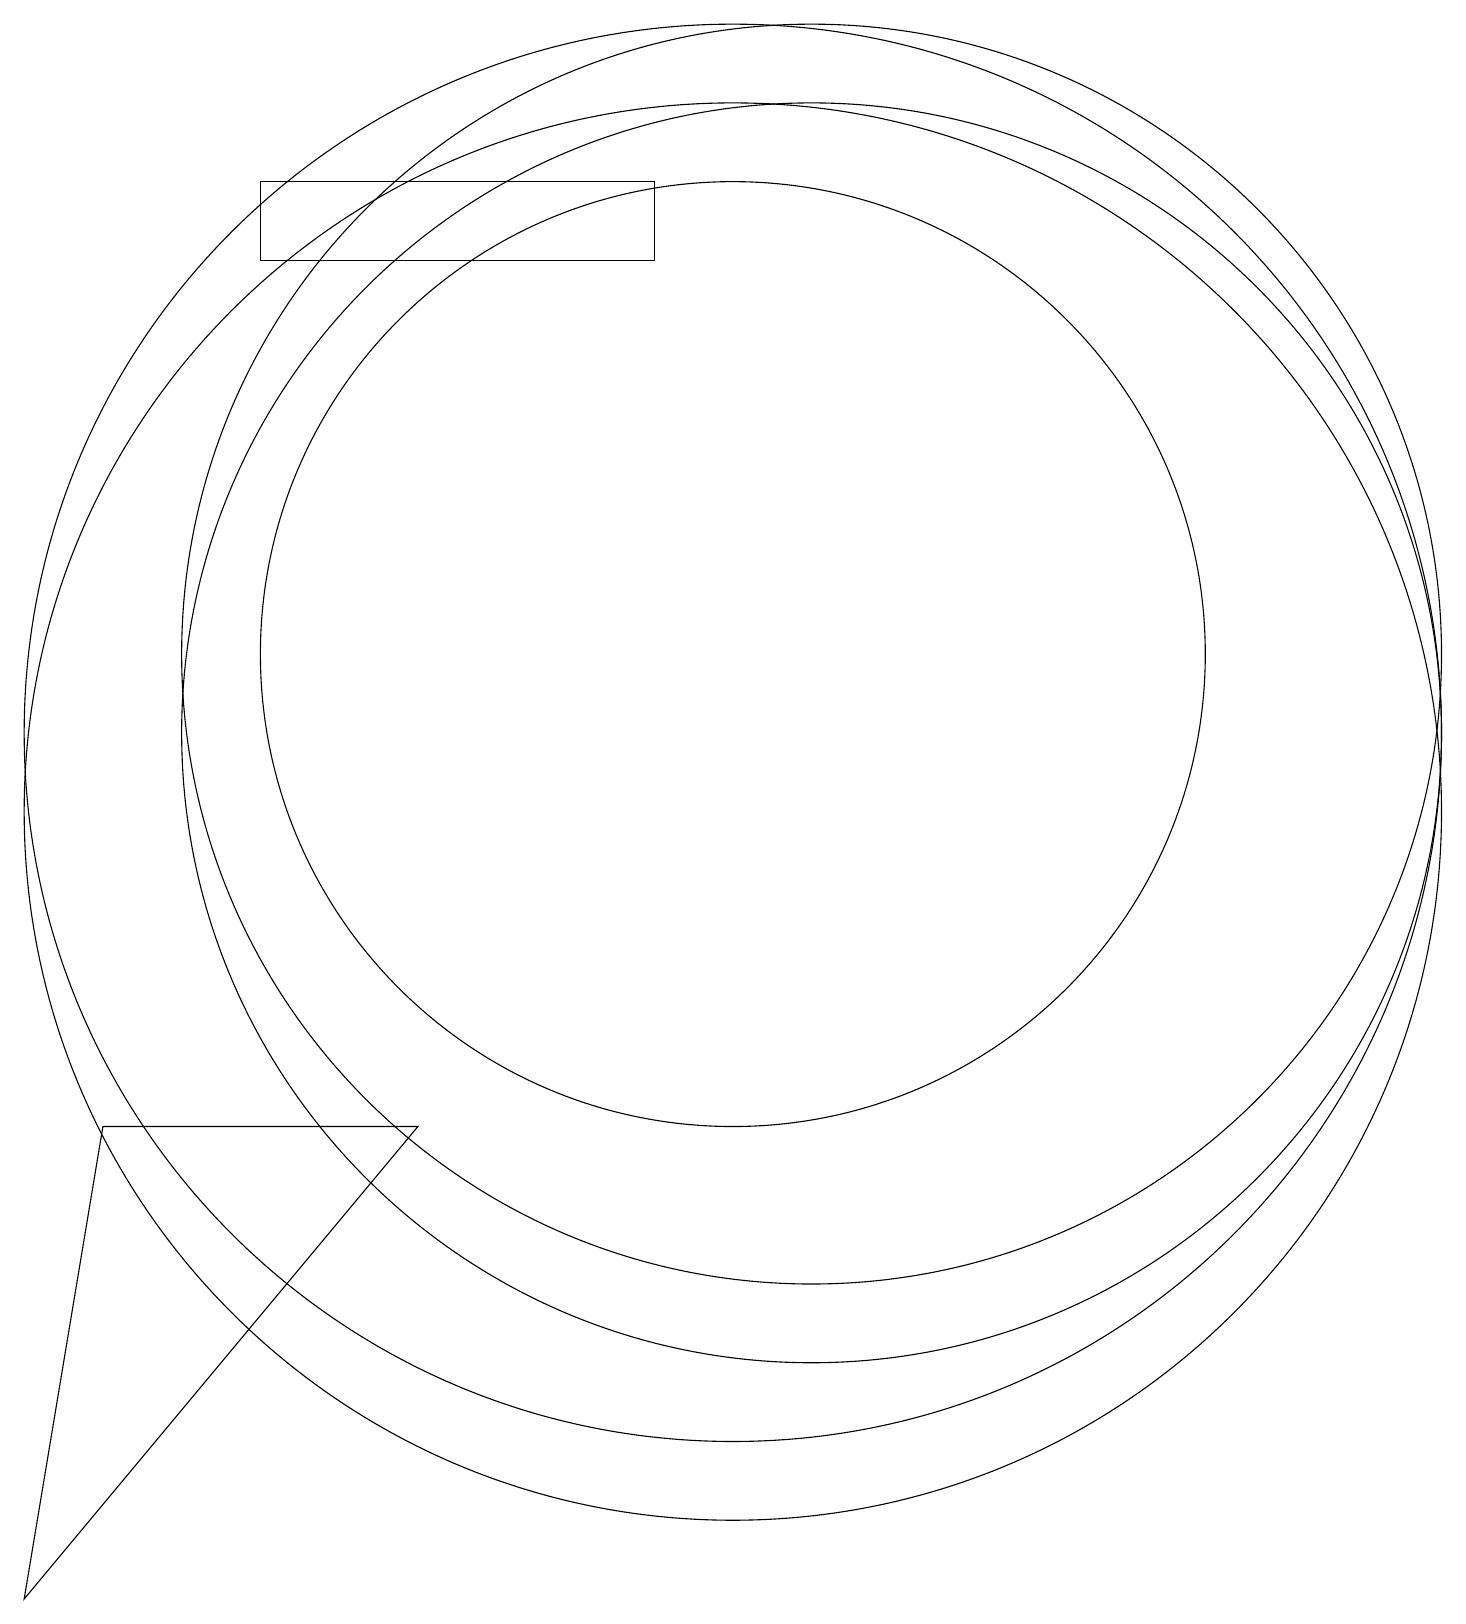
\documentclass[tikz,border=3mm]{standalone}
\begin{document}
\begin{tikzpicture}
\draw (9,17) rectangle (4,18);
\draw (11,12) circle (8);
\draw (11,11) circle (8);
\draw (10,10) circle (9);
\draw (10,12) circle (6);
\draw (2,6) -- (6,6) -- (1,0) -- cycle;
\draw (10,11) circle (9);
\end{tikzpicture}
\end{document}